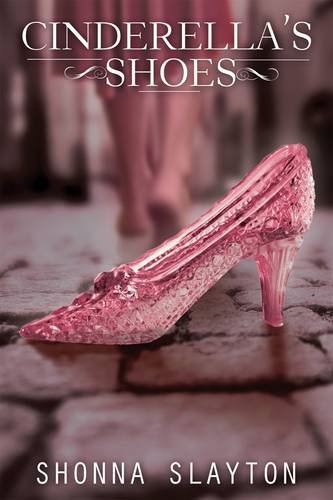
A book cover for Cinderella's Shoes; Shonna Slayton; Teen & Young Adult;